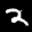
Label: 2